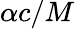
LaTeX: \alpha c/M